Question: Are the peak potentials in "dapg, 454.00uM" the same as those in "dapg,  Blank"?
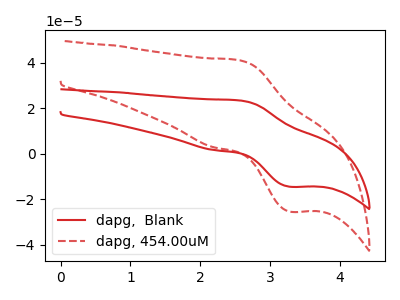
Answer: <think>The red curve "dapg,  Blank" has an anodic peak at (2.55V, 23.40uA) and a cathodic peak at (3.30V, -14.50uA). The red dashed curve "dapg, 454.00uM" has an anodic peak at (2.55V, 41.05uA) and a cathodic peak at (3.30V, -25.45uA).</think>
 <answer>Yes, "dapg, 454.00uM" have a peak in "dapg,  Blank" at the same potential.</answer>
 <eval>match</eval>